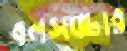
বলসঙ্চার